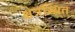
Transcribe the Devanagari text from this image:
क्षेत्रस्थित